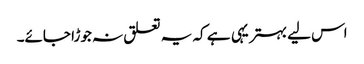
اس لیے بہتر یہی ہے کہ یہ تعلق نہ جوڑا جائے۔